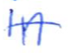
Text: in
Cross-out: single-line
Writing tool: ballpoint